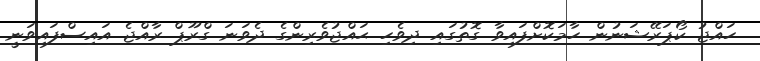
ހައްޖު ކޯޕަރޭޝަނުން ހާމަކޮށްފައިވާ ގޮތުގައި ދިވެހި ޙައްޖުވެރިންގެ ދެވަނަ ގްރޫޕް ރާއްޖެ އައިސްފައިވަނީ